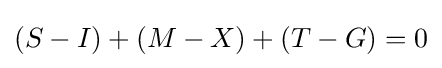
(S-I)+(M-X)+(T-G)=0